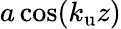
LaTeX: a\cos({k_{\mathrm{u}}}z)